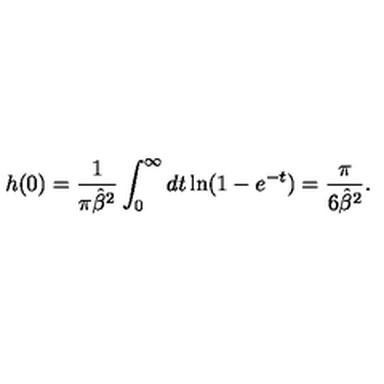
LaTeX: h ( 0 ) = { \frac { 1 } { \pi { \hat { \beta } } ^ { 2 } } } \int _ { 0 } ^ { \infty } d t \ln ( 1 - e ^ { - t } ) = \frac { \pi } { 6 { \hat { \beta } } ^ { 2 } } .